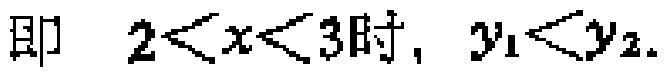
即 \(2<x<3\)时, \(y_{1}<y_{2}\).